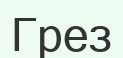
Грез